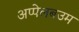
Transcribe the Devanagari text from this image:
अप्पेलबउम